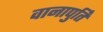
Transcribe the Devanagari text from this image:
वानापुर्ति